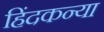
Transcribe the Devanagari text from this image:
हिंदकन्या